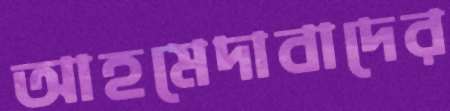
আহমেদাবাদের